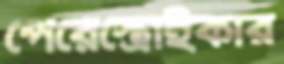
পেরেস্ত্রোইকার